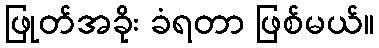
ဖြုတ်အခိုး ခံရတာ ဖြစ်မယ်။